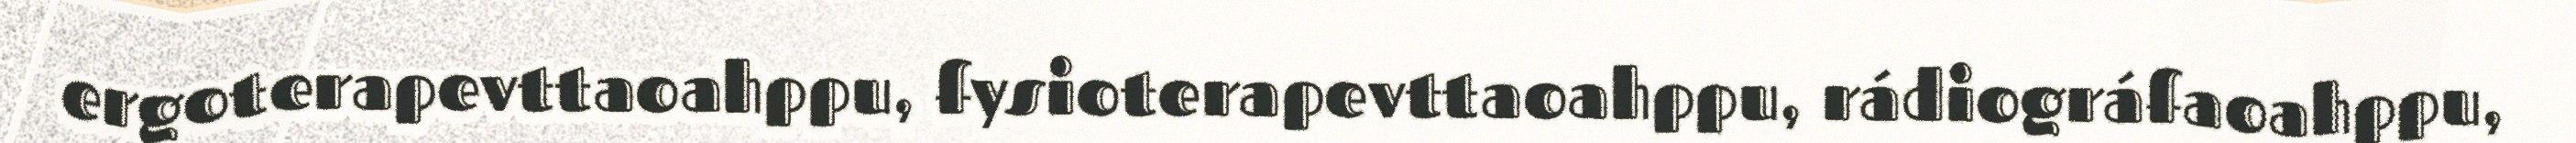
ergoterapevttaoahppu, fysioterapevttaoahppu, rádiográfaoahppu,